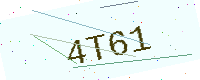
Text: 4T61